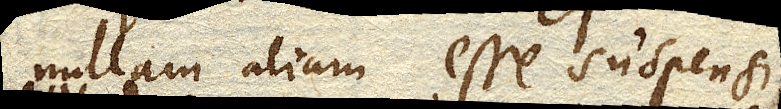
nullam aliam esse suspensi,